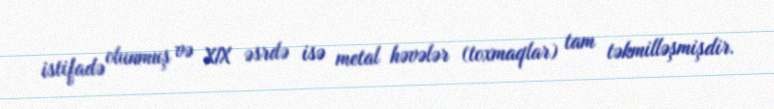
istifadə olunmuş və XIX əsrdə isə metal həvələr (toxmaqlar) tam təkmilləşmişdir.